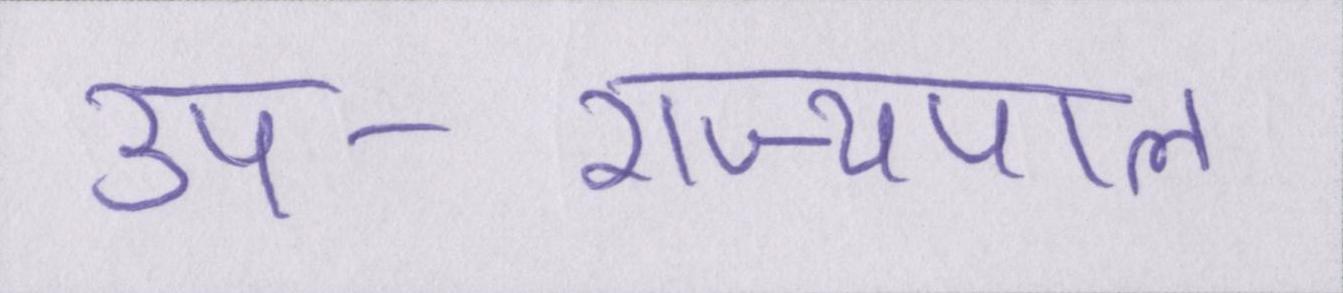
उप-राज्यपाल